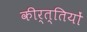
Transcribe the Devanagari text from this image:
कीर्त्तियों